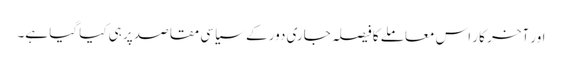
اور آخر کار اس معاملے کا فیصلہ جاری دور کے سیاسی مقاصد پر ہی کیا گیا ہے۔